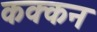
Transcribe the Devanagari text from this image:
कक्कन